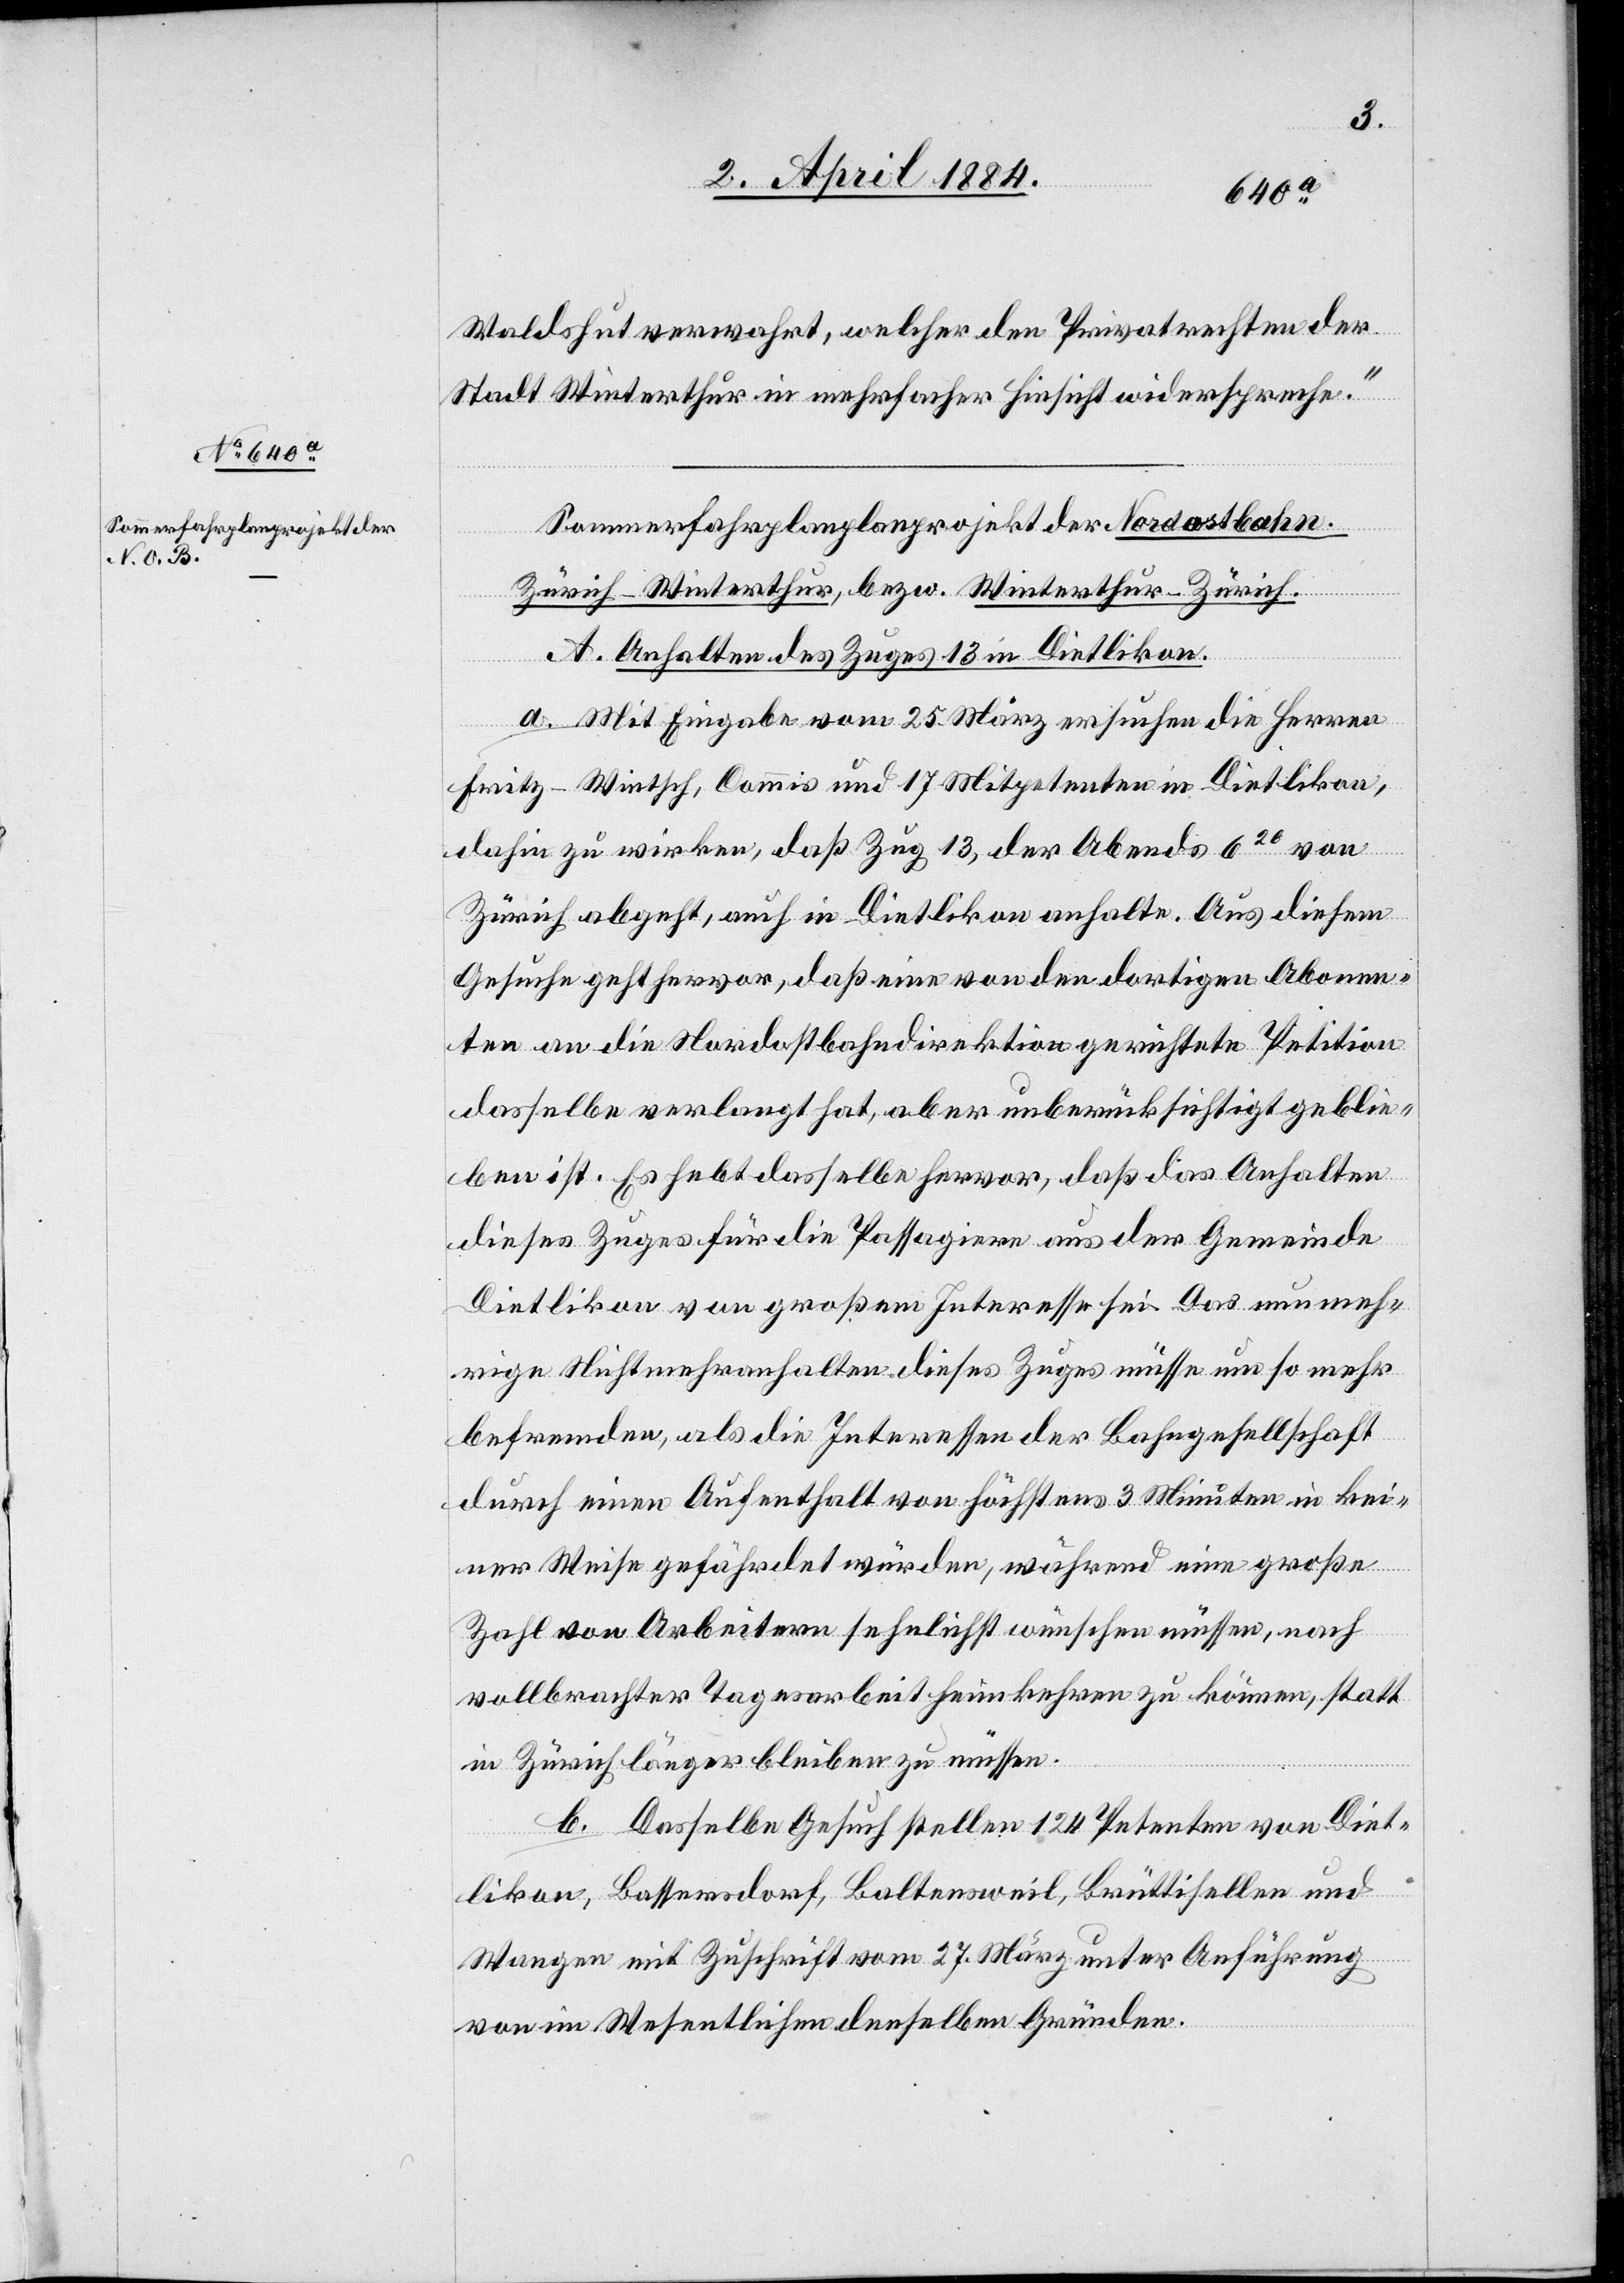
Waldshut verwahrt, welcher den Privatrechten der
Stadt Winterthur in mehrfacher Hinsicht widerspreche.“